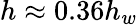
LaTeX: h\approx 0.36h_{w}